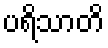
ပရိသာတိ